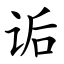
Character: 诟